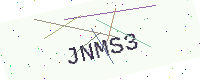
Text: JNMS3